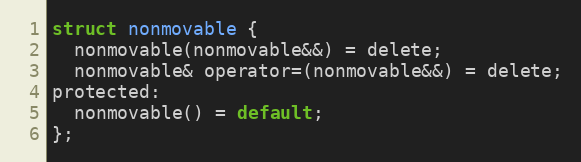
Language: C
struct nonmovable {
  nonmovable(nonmovable&&) = delete;
  nonmovable& operator=(nonmovable&&) = delete;
protected:
  nonmovable() = default;
};